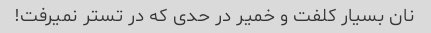
نان بسیار کلفت و خمیر در حدی که در تستر نمیرفت!